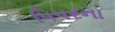
પિપરના